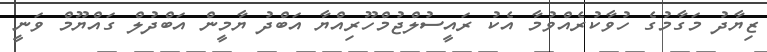
ޒިޔާދު މަގާމުގެ ހުވާކުރެއްވުމާ އެކު ރައީސުލްޖުމްހޫރިއްޔާ އަބްދު ޔާމީން އަބްދުލް ގައްޔޫމް ވަނީ